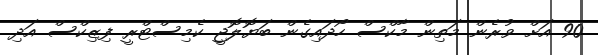
90 އަށް ވުރެން މަތިން މާކްސް ހޯދައިގެން ބަޔޮލޮޖީ ކެމިސްޓްރީ ފިޒިކްސް އަދި